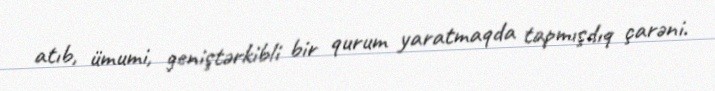
atıb, ümumi, geniştərkibli bir qurum yaratmaqda tapmışdıq çarəni.